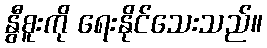
နွီစူးကို ရေးနိုင်သေးသည်။